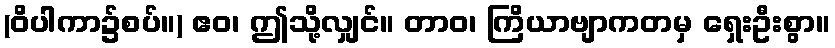
(ဝိပါကာ၌စပ်။) ဧဝ၊ ဤသို့လျှင်။ တာဝ၊ ကြိယာဗျာကတမှ ရှေးဦးစွာ။